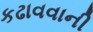
કઢાવવાની